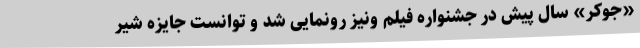
«جوکر» سال پیش در جشنواره فیلم ونیز رونمایی شد و توانست جایزه شیر